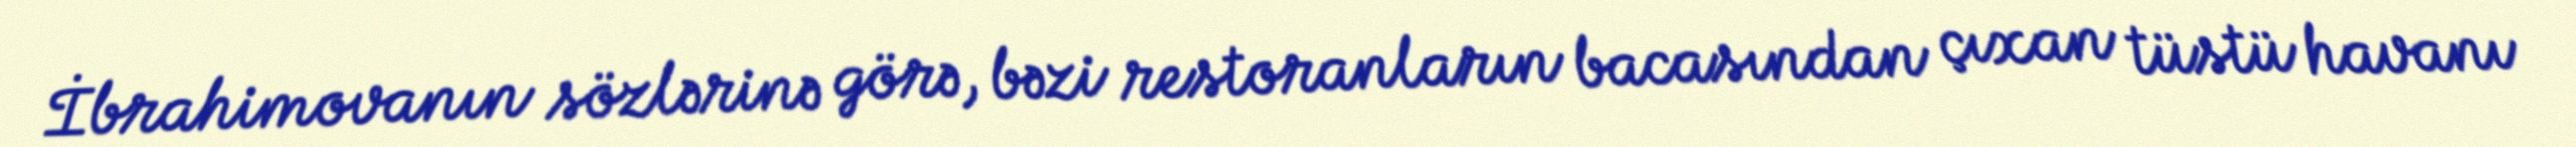
İbrahimovanın sözlərinə görə, bəzi restoranların bacasından çıxan tüstü havanı